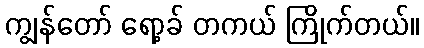
ကျွန်တော် ရော့ခ် တကယ် ကြိုက်တယ်။